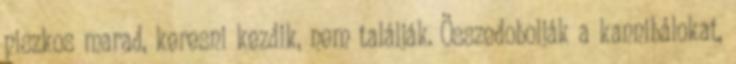
piszkos marad, keresni kezdik, nem találják. Összedobolják a kannibálokat,